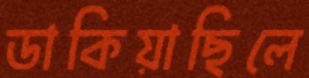
ডাকিয়াছিলে